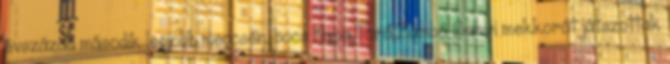
évszázad második legjobb meccsén. bocs Kapa,Törő,Zámbó Sanyi mekkorát játszottak